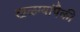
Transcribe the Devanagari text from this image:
खळग्यांपैकी